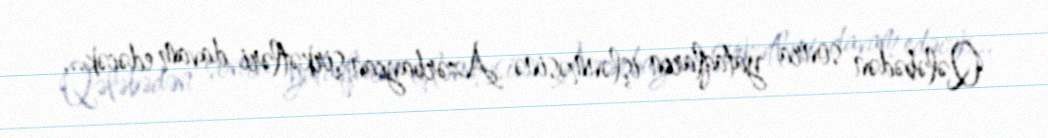
Qələbədən sonra yataqların işlənməsinə Azərbaycan şirkətləri davam edəcək...